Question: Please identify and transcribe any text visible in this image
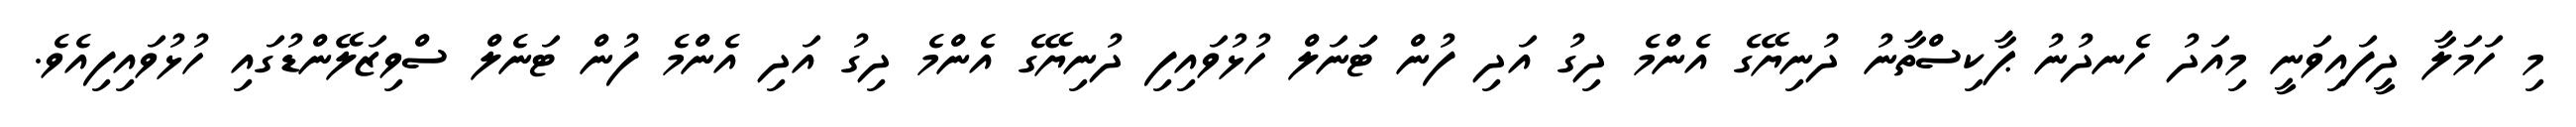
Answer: މި ހަމަލާ ދީފައިވަނީ މިއަދު ހެނދުނު ޕާކިސްތާނު ދުނިޔޭގެ އެންމެ ދިގު އަދި ފުން ޓަަނަލް ހުޅުވައިފި ދުނިޔޭގެ އެންމެ ދިގު އަދި އެންމެ ފުން ޓަނެލް ސްވިޒަލޭންޑުގައި ހުޅުވައިފިއެވެ.